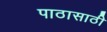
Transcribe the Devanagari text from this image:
पाठासाठी